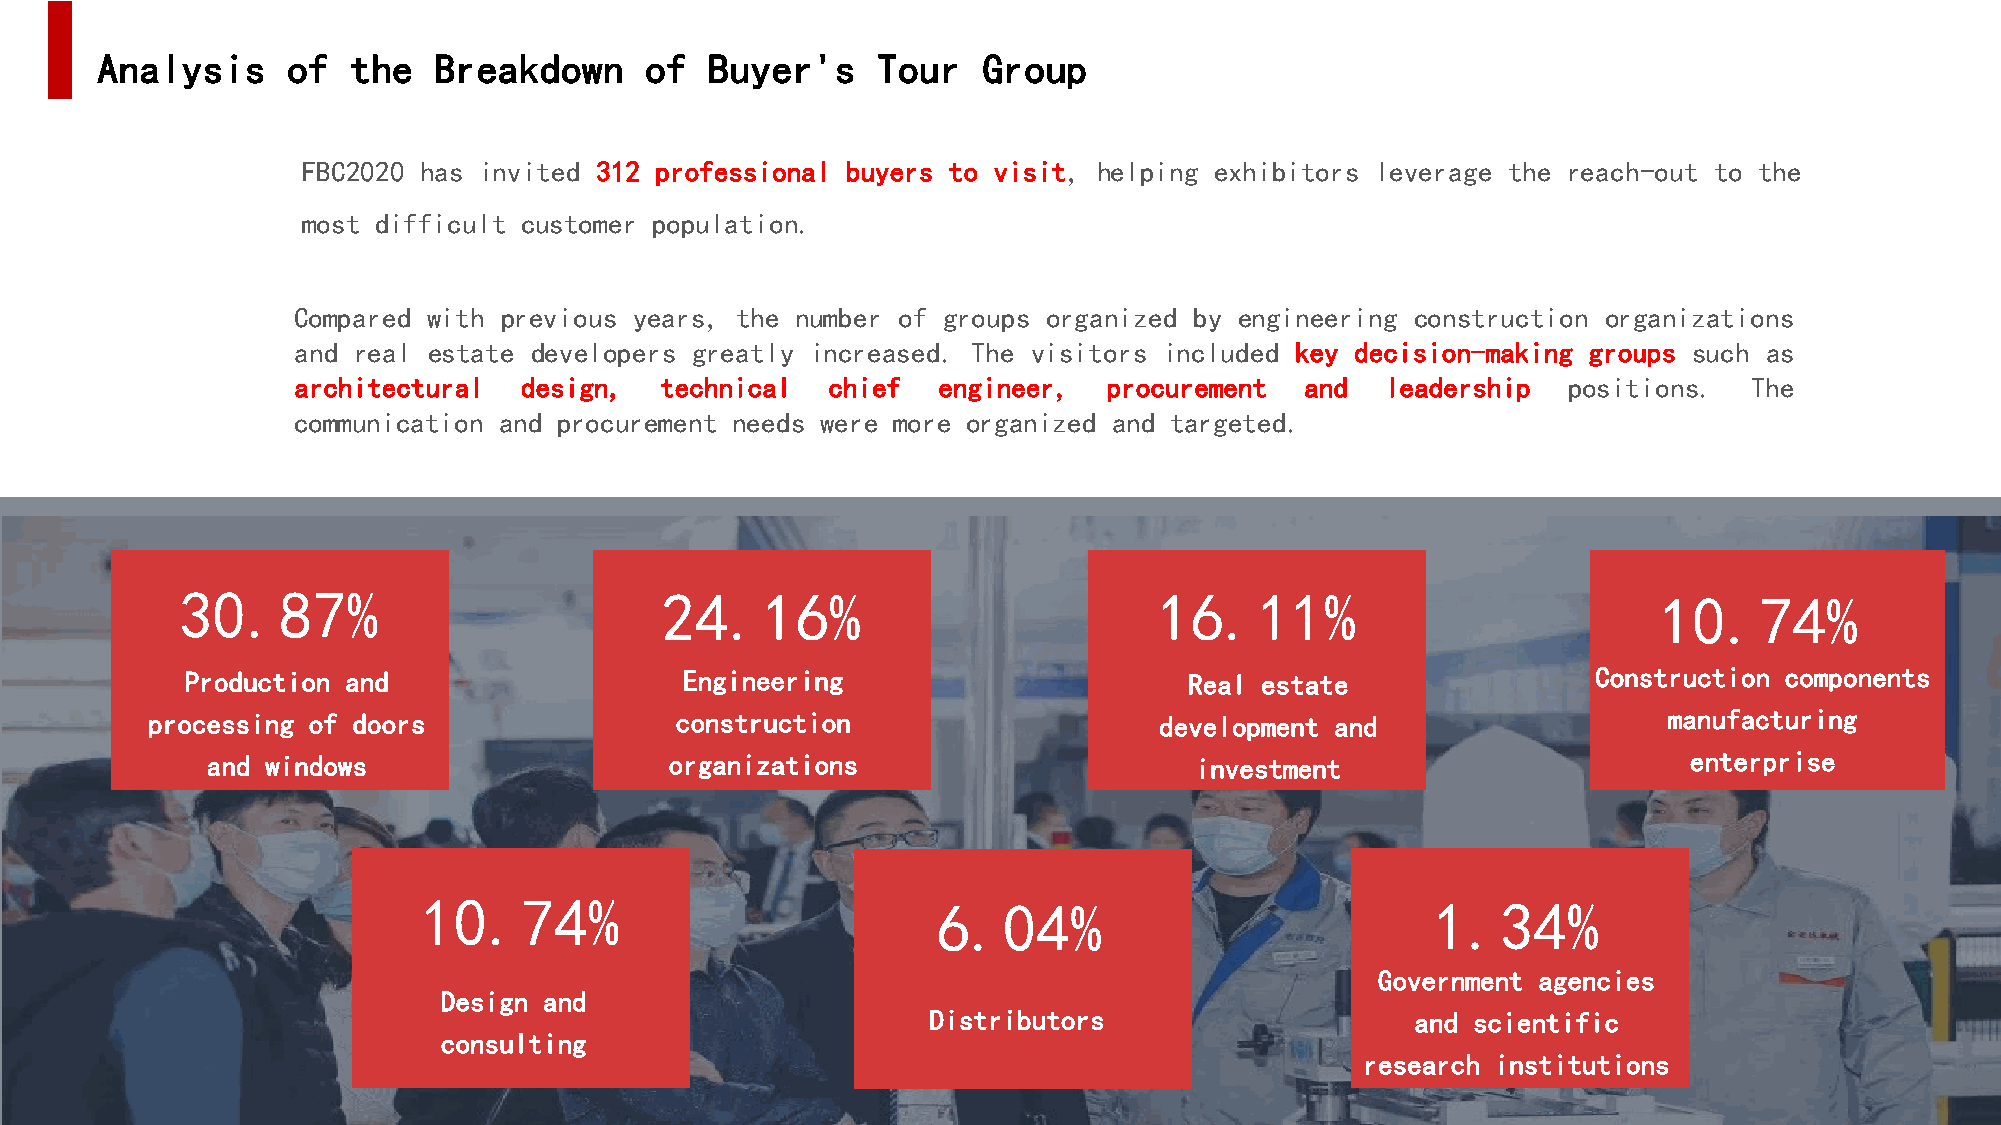
Analysis     of  the   Breakdown     of  Buyer's    Tour   Group
 FBC2020 has invited 312 professional buyers to visit, helping exhibitors leverage the reach-out to the
 most difficult customer population.
 Compared with previous years, the number of groups organized by engineering construction organizations
 and real estate developers greatly increased. The visitors included key decision-making groups such as
 architectural  design,   technical  chief  engineer,  procurement  and   leadership  positions.  The
 communication and procurement needs were more organized and targeted.
 30.87%                          24.16%                           16.11%                           10.74%
 Production and                   Engineering                       Real estate                Construction components
 processing of doors                construction                    development and                  manufacturing
 and windows                   organizations                      investment                       enterprise
 10.74%                            6.04%                            1.34%
 Government agencies
 Design and
 Distributors                    and scientific
 consulting
 research institutions